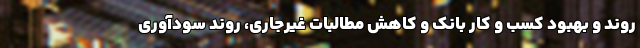
روند و بهبود کسب و کار بانک و کاهش مطالبات غیرجاری، روند سودآوری